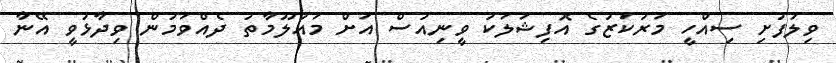
ވިލުފުށި ސިއްހީ މަރުކަޒުގެ އޮފިޝަލަކު ވީނިއުސް އަށް މައުލޫމާތު ދެެއްވަމުން ވިދާޅުވީ އޭނާ